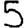
Digit: 5